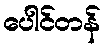
ပေါင်တန်